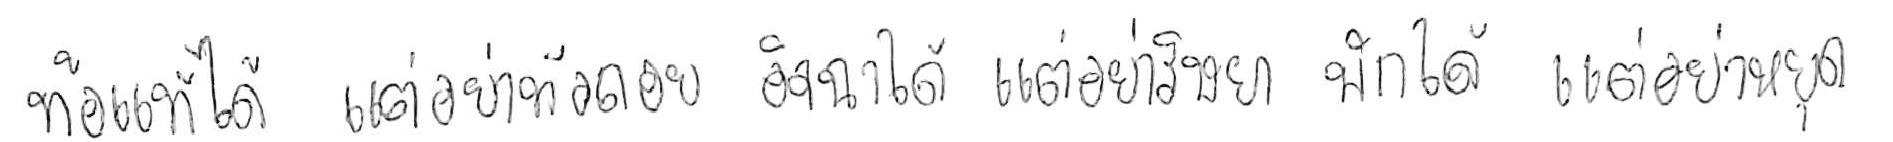
ท้อแท้ได้ แต่อย่าท้อถอย อิจฉาได้ แต่อย่าริษยา พักได้ แต่อย่าหยุด